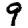
Digit: 9